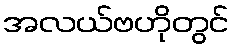
အလယ်ဗဟိုတွင်